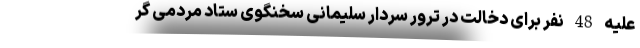
علیه 48 نفر برای دخالت در ترور سردار سلیمانی سخنگوی ستاد مردمی گر